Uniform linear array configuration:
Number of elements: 4
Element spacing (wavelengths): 0.25
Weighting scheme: hamming
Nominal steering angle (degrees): -30
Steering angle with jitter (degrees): -31.226
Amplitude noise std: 0.05
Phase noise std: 0.05

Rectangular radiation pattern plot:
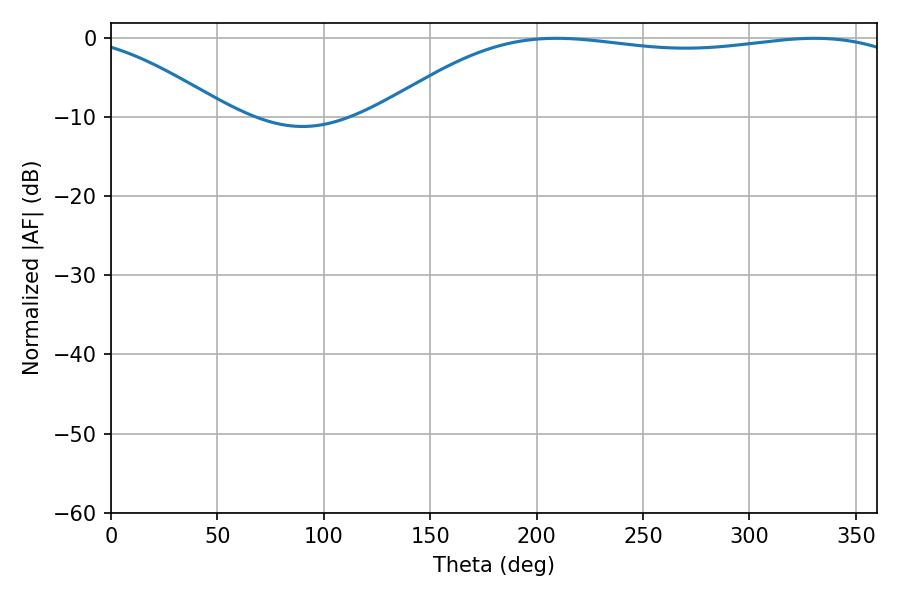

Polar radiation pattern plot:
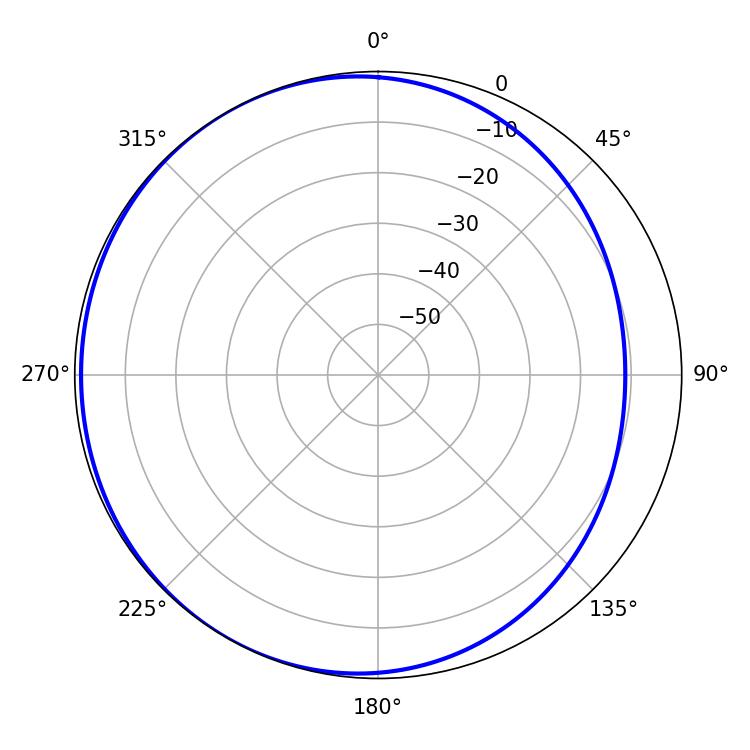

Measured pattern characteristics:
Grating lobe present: FALSE
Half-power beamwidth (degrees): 197.82
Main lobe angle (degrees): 209.34